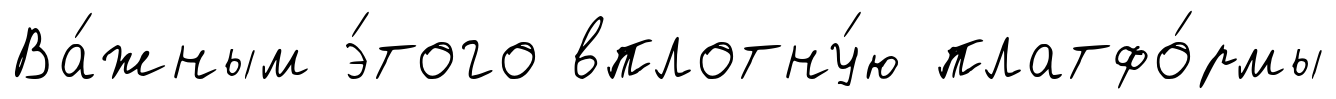
Ва́жным э́того вплотну́ю платфо́рмы